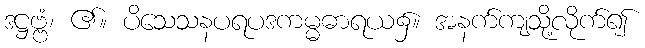
ဒဋ္ဌဗ္ဗံ၊ ၏။ ပိသေသနပရပဒကမ္မဓာရယ၌။ အနက်ကျသို့လိုက်၍